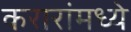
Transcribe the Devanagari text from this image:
करारांमध्ये